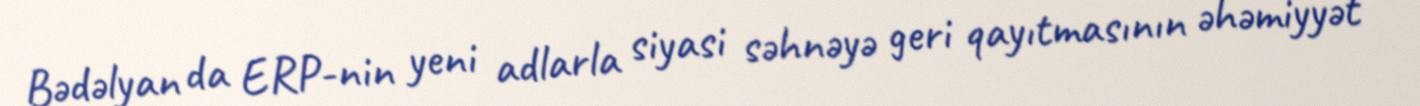
Bədəlyan da ERP-nin yeni adlarla siyasi səhnəyə geri qayıtmasının əhəmiyyət